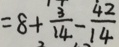
= 8 + \frac { 3 } { 1 4 } - \frac { 4 2 } { 1 4 }